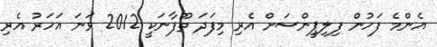
އެންމެ ފަހުން ފިލިޕީންސަށް އެރި މިފަދަ ތޫފާނަކީ 2012 ވަނަ އަހަރު އެރި